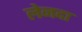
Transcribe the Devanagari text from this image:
लेनदा